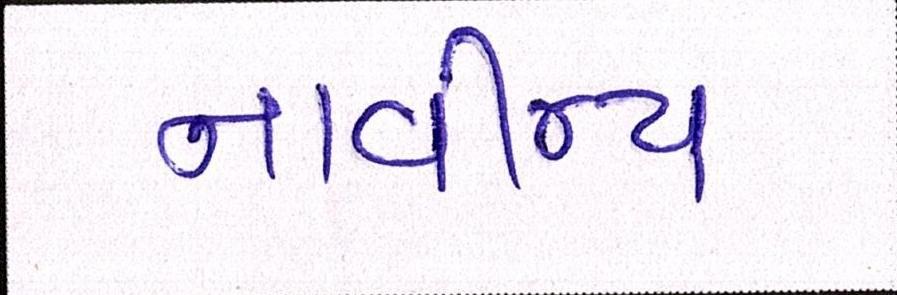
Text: નાવીન્ય